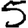
Digit: 5